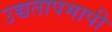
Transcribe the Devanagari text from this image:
उच्चतापमापी